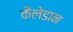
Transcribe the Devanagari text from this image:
कैलेडान